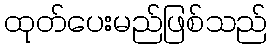
ထုတ်ပေးမည်ဖြစ်သည်